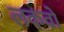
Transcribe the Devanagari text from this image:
लकवो